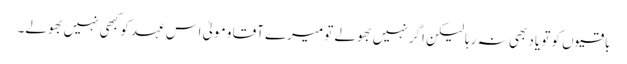
باقیوں کو تو یاد بھی نہ رہا لیکن اگر نہیں بھولے تو میرے آقا و مولیٰ اس عہد کو کبھی نہیں بھولے۔